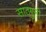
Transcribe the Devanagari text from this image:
साठगुनी